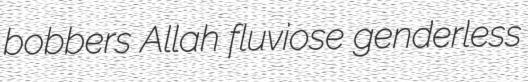
bobbers Allah fluviose genderless